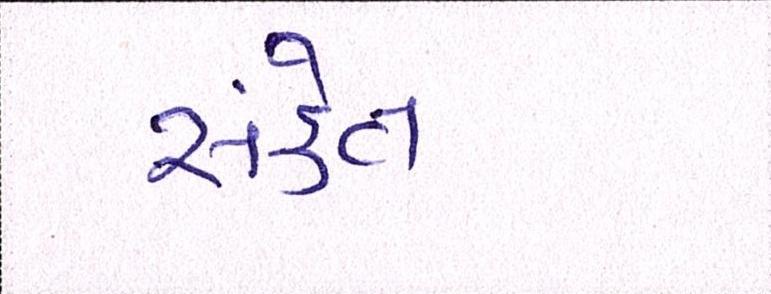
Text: સંકેત